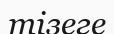
тізеге